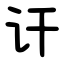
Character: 讦